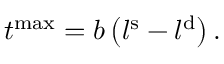
t ^ { \mathrm { m a x } } = b \left( l ^ { \mathrm { s } } - l ^ { \mathrm { d } } \right) .